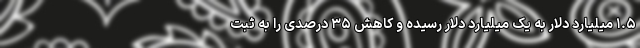
۱.۵ میلیارد دلار به یک میلیارد دلار رسیده و کاهش ۳۵ درصدی را به ثبت